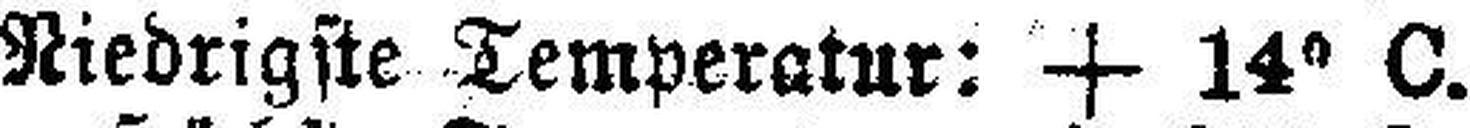
Niedrigste Temperatur: + 14° C.